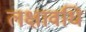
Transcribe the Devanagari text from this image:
लक्षावधि